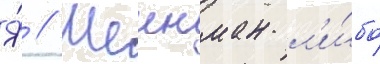
Я́ // Шеинман л'и́бо